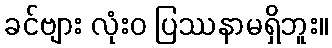
ခင်ဗျား လုံးဝ ပြဿနာမရှိဘူး။